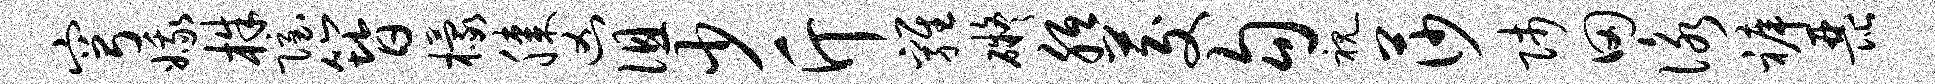
穹娥株隐簪檬膝凶徂少斤鸡碍胝茭勾视莎师田咏裤琵